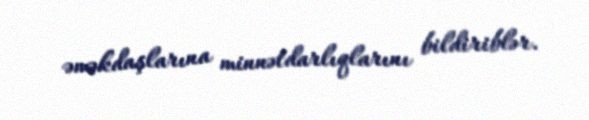
əməkdaşlarına minnətdarlıqlarını bildiriblər.